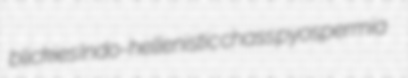
blickies Indo-hellenistic chass pyospermia